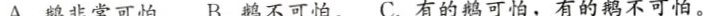
A.鹅非常可怕。B.鹅不可怕。C.有的鹅可怕，有的鹅不可怕。